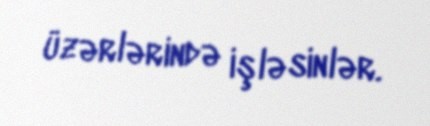
üzərlərində işləsinlər.